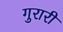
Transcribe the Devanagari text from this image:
गुरारी